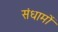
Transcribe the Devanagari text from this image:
संधामों